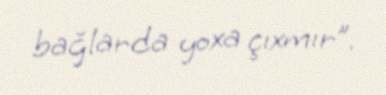
bağlarda yoxa çıxmır”.